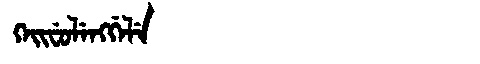
Manchu: ᡴᡝᡳᠸᡠᠯᡝᠩᡤᡝᠯᡝ
Romanization: KEIFULENGGELE